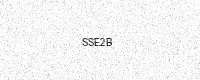
Text: SSE2B